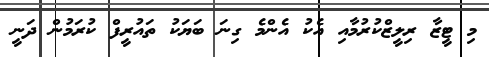
މި ޓީޒާ ރިލީޒްކުރުމާއި އެކު އެންމެ ގިނަ ބަޔަކު ތައުރީފް ކުރަމުން ދަނީ